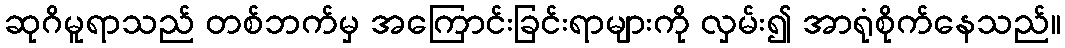
ဆုဂိမူရာသည် တစ်ဘက်မှ အကြောင်းခြင်းရာများကို လှမ်း၍ အာရုံစိုက်နေသည်။